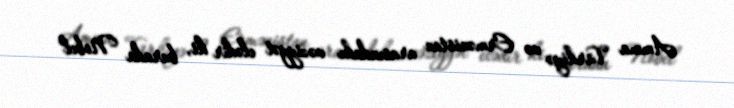
Amma Türkiyə və Ermənistan arasındakı vəziyyət elədir ki, burada Nobel